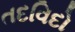
તદવિદો